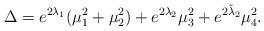
LaTeX: \begin{align*}\Delta= e^{2\lambda_{1}}(\mu_1^2+\mu_2^2) +e^{2\lambda_{2}}\mu_3^2+e^{2\tilde\lambda_{2}}\mu_4^2.\end{align*}